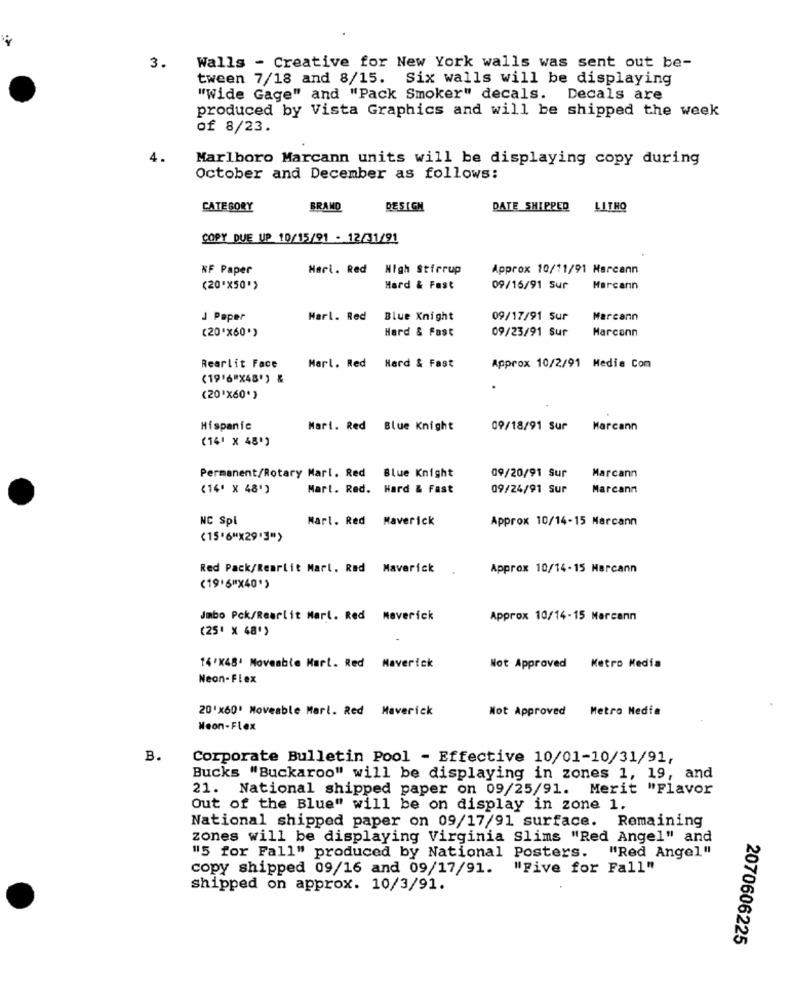
3. Walls - Creative for New York walls was sent out be-
tween 7/18 and 8/15. Six walls will be displaying
"Wide Gage" and "Pack Smoker" decals. Decals are
produced by Vista Graphics and will be shipped the week
of 8/23.
4.
Marlboro Marcann units will be displaying copy during
October and December as follows:
CATEGORY
BRAND
DESIGN
DATE SHIPPED
LITHO
COPY DUE UP 10/15/91 - 12/31/91
NF Paper
Hari. Red
High Stirrup
Approx 10/11/91 Marcann
(20'x50">
Hard & Fast
09/16/91 Sur
Marcanın
J Paper
Harl. Red
Blue Knight
09/17/91 Sur
Marcann
(20'X60"
Hard & Fast
09/23/91 Sur
Marconn
Rearlit Face
Marl. Red
Hard & Fast
Approx 10/2/91 Media Com
(19'6"X48') &
(20'X60")
Hispanic
Mari. Red Blue Knight
09/18/91 Sur Marcann
(14' × 48')
Permanent/Rotary Marl. Red Blue Knight
09/20/91 Sur
Marcann
(14' × 48')
Mart. Red. Hard & Fast
09/24/91 Sur
Marcann
NC Spl
Marl. Red Maverick
Approx 10/14-15 Marcann
(15'6"X29']">
Red Pack/Rearlit Marl. Rød Maverick
Approx 10/14-15 Marcann
(19'6"X40")
Jmbo Pck/Rearlit Marl. Red Maverick
Approx 10/14-15 Marcann
(25' × 48")
14'X48' Moveable Mart. Red Maverick
Not Approved Ketro Media
Neon-Flex
20'×60' Moveable Marl. Red Maverick
Not Approved
Metro Media
Neon-Flex
B.
Corporate Bulletin Pool - Effective 10/01-10/31/91,
Bucks "Buckaroo" will be displaying in zones 1, 19, and
21. National shipped paper on 09/25/91. Merit "Flavor
Out of the Blue" will be on display in zone 1.
National shipped paper on 09/17/91 surface. Remaining
zones will be displaying Virginia Slims "Red Angel" and
"5 for Fall" produced by National Posters.
"Red Angel"
copy shipped 09/16 and 09/17/91.
"Five for Fall"
shipped on approx. 10/3/91.
2070606225